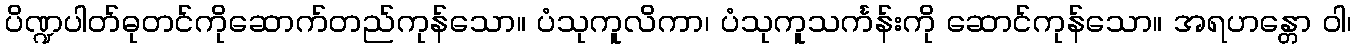
ပိဏ္ဍပါတ်ဓုတင်ကိုဆောက်တည်ကုန်သော။ ပံသုကူလိကာ၊ ပံသုကူသင်္ကန်းကို ဆောင်ကုန်သော။ အရဟန္တော ဝါ၊